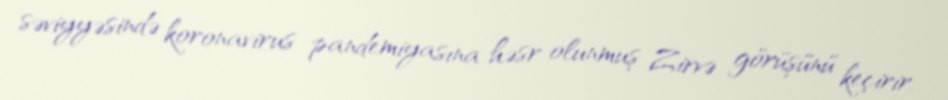
səviyyəsində koronavirus pandemiyasına həsr olunmuş Zirvə görüşünü keçirir.